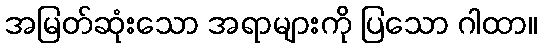
အမြတ်ဆုံးသော အရာများကို ပြသော ဂါထာ။